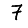
Digit: 7